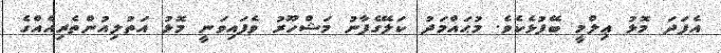
އެފަދަ މޮޅު ޢިލްމީ ބޭފުޅެކެވެ. މުޙައްމަދު ކަލޭގެފާނު މަޝްހޫރު ވެފައިވަނީ މޮޅު އަތުލިއުންތެރިއެއްގެ